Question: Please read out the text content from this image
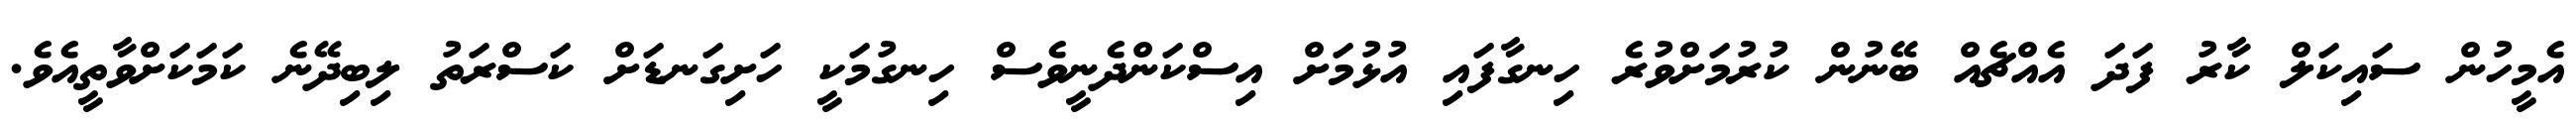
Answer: އެމީހުން ސައިކަލް ކާރު ފަދަ އެއްޗެއް ބޭނުން ކުރުމަށްވުރެ ހިނގާފައި އުޅުމަށް އިސްކަންދެނީވެސް ހިނގުމަކީ ހަށިގަނޑަށް ކަސްރަތު ލިބިދޭނެ ކަމަކަށްވާތީއެވެ.